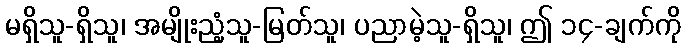
မရှိသူ-ရှိသူ၊ အမျိုးညံ့သူ-မြတ်သူ၊ ပညာမဲ့သူ-ရှိသူ၊ ဤ ၁၄-ချက်ကို